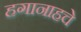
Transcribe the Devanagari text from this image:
हगानाहचे